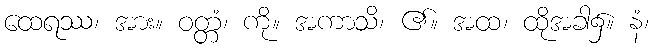
ထေရဿ၊ အား။ ဝတ္တံ၊ ကို။ အကာသိ၊ ၏။ အထ၊ ထိုအခါ၌။ နံ၊